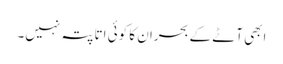
ابھی آٹے کے بحران کا کوئی اتا پتہ نہیں۔